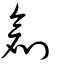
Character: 刱